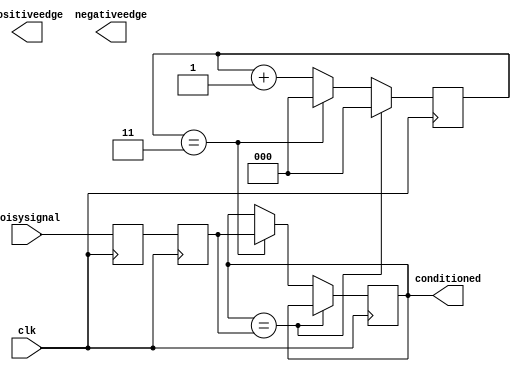
//------------------------------------------------------------------------
// Input Conditioner
//    1) Synchronizes input to clock domain
//    2) Debounces input
//    3) Creates pulses at edge transitions
//------------------------------------------------------------------------

module inputconditioner
(
input 	    clk,            // Clock domain to synchronize input to
input	    noisysignal,    // (Potentially) noisy input signal
output reg  conditioned,    // Conditioned output signal
output reg  positiveedge,   // 1 clk pulse at rising edge of conditioned
output reg  negativeedge    // 1 clk pulse at falling edge of conditioned
);

    parameter counterwidth = 3; // Counter size, in bits, >= log2(waittime)
    parameter waittime = 3;     // Debounce delay, in clock cycles
    
    reg[counterwidth-1:0] counter = 0;
    reg synchronizer0 = 0;
    reg synchronizer1 = 0;
    
    always @(posedge clk ) begin
        if(conditioned == synchronizer1)
            counter <= 0;
        else begin
            if( counter == waittime) begin
                counter <= 0;
                conditioned <= synchronizer1;
            end
            else 
                counter <= counter+1;
        end
        synchronizer0 <= noisysignal;
        synchronizer1 <= synchronizer0;
    end
endmodule